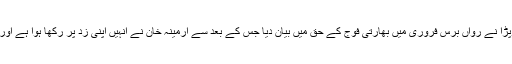
تفصیلات کے مطابق بالی ووڈ اداکارہ پریانکا چوپڑا نے رواں برس فروری میں بھارتی فوج کے حق میں بیان دیا جس کے بعد سے ارمینہ خان نے انہیں‌ اپنی زد پر رکھا ہوا ہے اور وہ مختلف وقتوں میں اظہار بھی کرتی رہتی ہیں۔